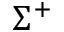
\Sigma ^ { + }